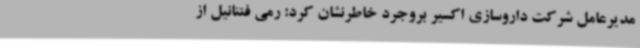
مدیرعامل شرکت داروسازی اکسیر بروجرد خاطرنشان کرد: رمی فنتانیل از